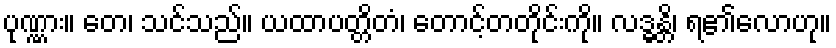
ပုဏ္ဏား။ တေ၊ သင်သည်။ ယထာပတ္တိတံ၊ တောင့်တတိုင်းကို။ လဒ္ဓန္တိ၊ ရ၏လောဟု။